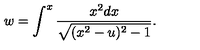
w = \int ^ { x } \frac { x ^ { 2 } d x } { \sqrt { ( x ^ { 2 } - u ) ^ { 2 } - 1 } } .